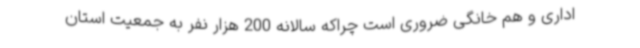
اداری و هم خانگی ضروری است چراکه سالانه 200 هزار نفر به جمعیت استان